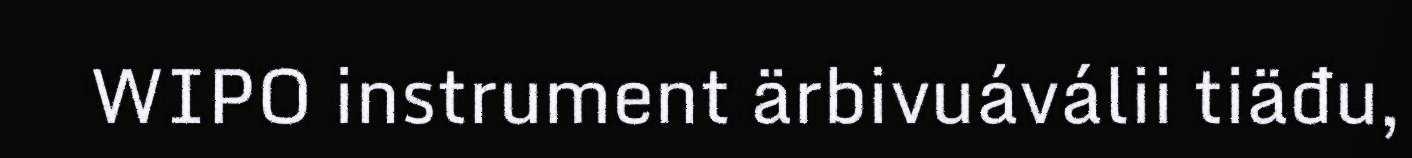
WIPO instrument ärbivuáválii tiäđu,